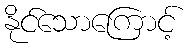
နိုင်သောကြောင့်